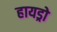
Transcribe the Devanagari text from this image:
हायड्रो